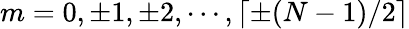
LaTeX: m=0,\pm 1,\pm 2,\cdots,\lceil\pm(N-1)/2\rceil